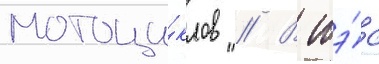
мотоци́клов // В тэ́с